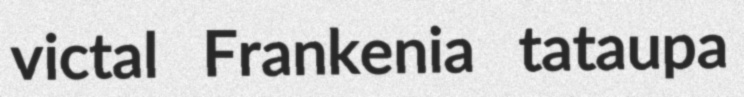
victal Frankenia tataupa